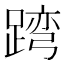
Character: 𨂺